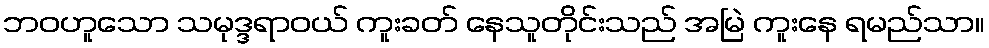
ဘဝဟူသော သမုဒ္ဒရာဝယ် ကူးခတ် နေသူတိုင်းသည် အမြဲ ကူးနေ ရမည်သာ။